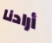
أرادنا